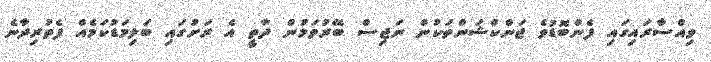
ވިއްސާރައިގައި ފެންބޮޑުވެ ޖަންކްޝަންތަކުން ނަޖިސް ބޭރުވަމުން ދާތީ އެ ރަށުގައި ބަލިމަޑުކަމެއް ފެތުރިދާނެ